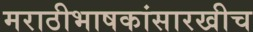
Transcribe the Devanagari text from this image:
मराठीभाषकांसारखीच